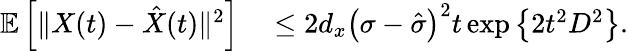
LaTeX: \begin{array}{rl}{\mathbb{E}\left[\Vert X(t)-\hat{X}(t)\Vert^{2}\right]}&{{}\leq 2d_{x}\left(\sigma-\hat{\sigma}\right)^{2}t\exp\left\{ 2t^{2}D^{2}\right\} .}\end{array}